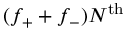
( f _ { + } + f _ { - } ) N ^ { \mathrm { t h } }